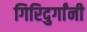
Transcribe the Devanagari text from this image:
गिरिदुर्गांनी